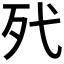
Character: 𣧆